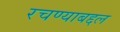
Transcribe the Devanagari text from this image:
रचण्याबद्दल